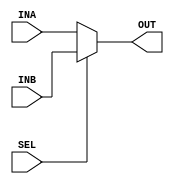
module two_to_one_mux (INA,INB,OUT,SEL);
 input [7:0] INA;
 input [7:0] INB;
 input SEL;
 
 output [7:0] OUT;
 
 assign OUT = SEL ? INB : INA;

endmodule